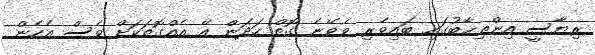
ރިޔާސީ އިންތިޚާބުގައި ބައިވެރި ވެވޭނެ ގޮތް ހަދަން އޭ އެއްގޮތަކަށް ވެސް އެހެން